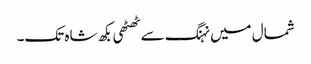
شمال میں نہنگ سے ٹھٹھی بکھ شاہ تک۔